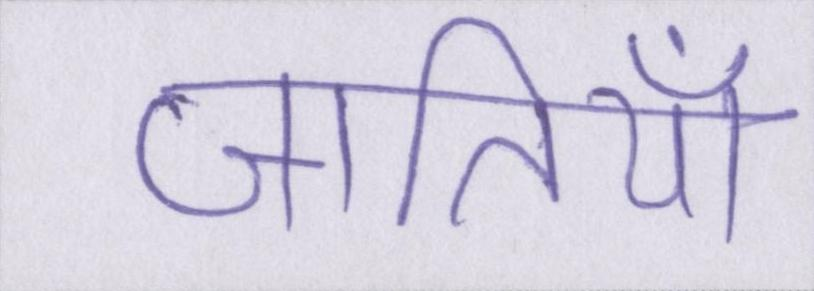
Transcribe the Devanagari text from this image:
जातियाँ